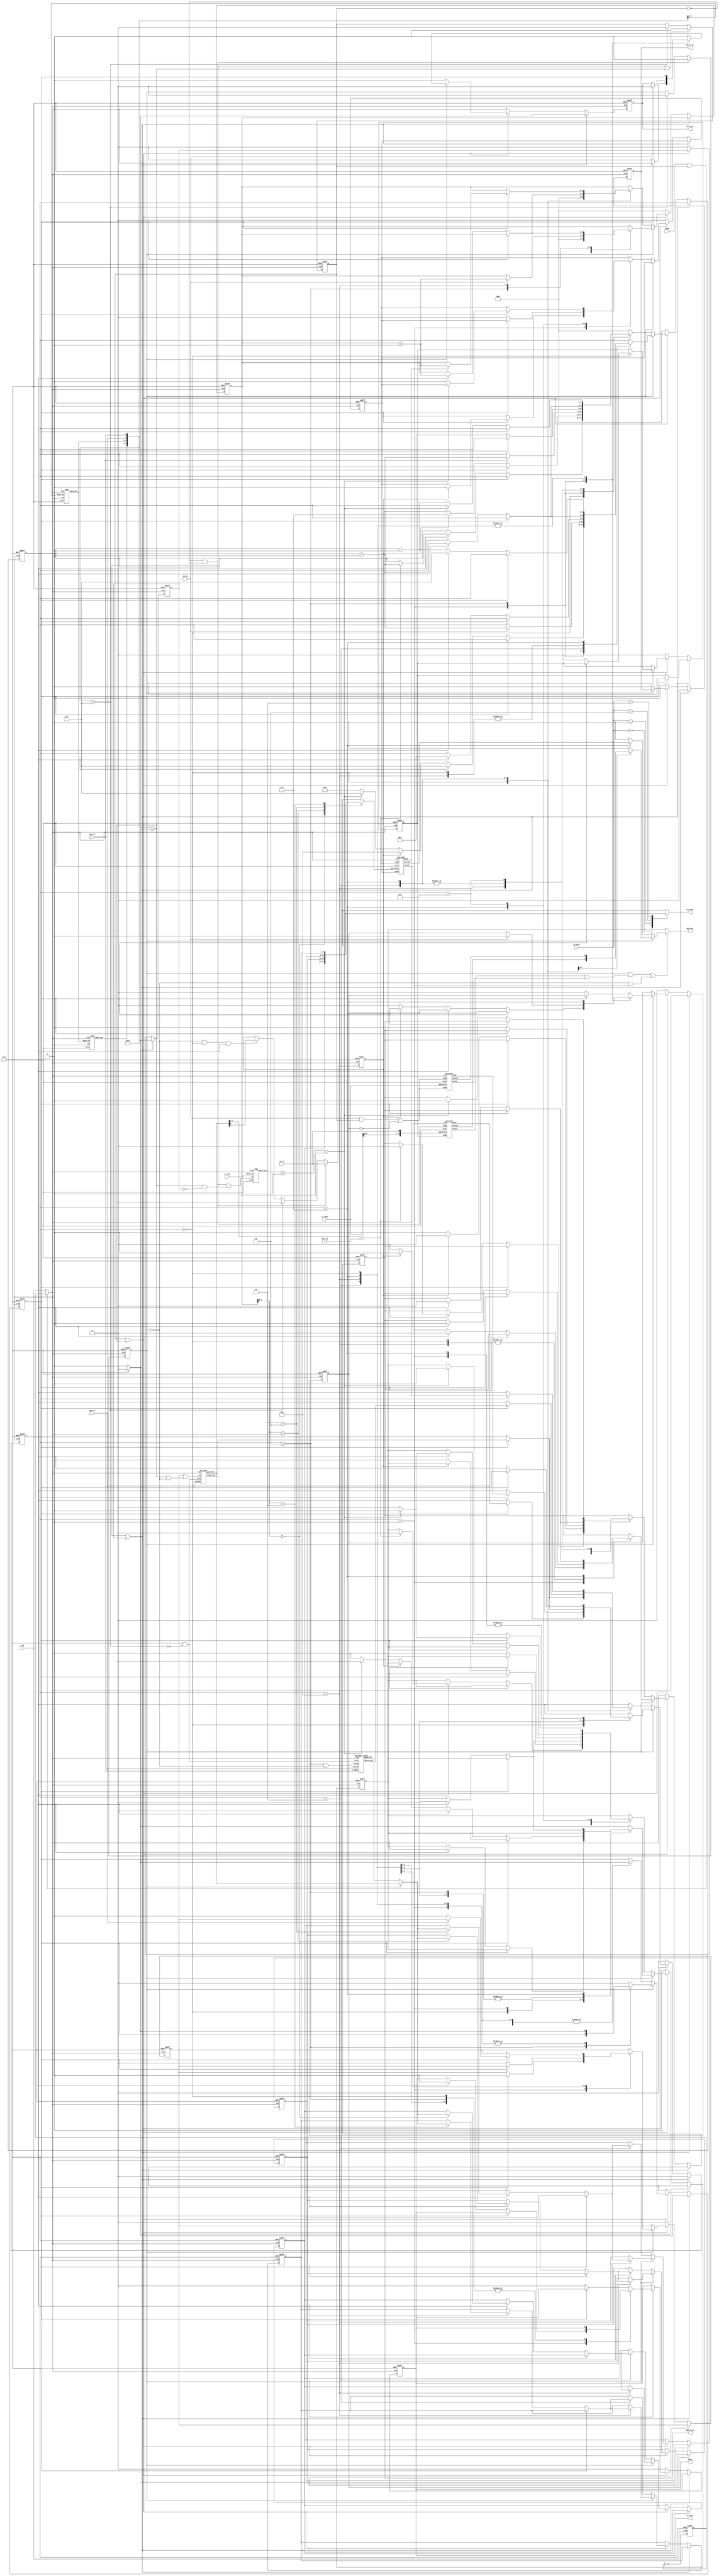
`timescale 1ns/1ps
module controller(
  input             clk,
  input             nrst,
  input             baud,
  input       [6:0] dev_id,
  input             tx_en,
  input             tx_rd,
  input       [1:0] tx_cnt,
  input       [7:0] tx_data,
  output reg        tx_fail,
  output reg        busy,
  input       [1:0] rd_addr,
  output reg  [7:0] rd_data,
  input             SCL_in,
  input             SDA_in,
  output reg        SCL_out,
  output reg        SDA_out,
  output reg        SCL_tris,
  output reg        SDA_tris
  );
  
  reg [7:0] memory [3:0];
  wire [7:0] mem_sel;
  reg comm_start;
  wire SDA_devid, SDA_write, slave_write, id_done, wr_done, read_done, s_read, slave_wr_done;
  wire [5:0] scl_seq;
  wire start_bit, stop_bit;
  assign scl_seq[1:0] = {SDA_in, SCL_in};
  assign start_bit = scl_seq == 6'b110100;
  assign stop_bit = scl_seq == 6'b000111;
  
  reg master, read;
  wire [1:0] b;
  wire [2:0] byte_count;
  wire [7:0] byte_data;
  wire [7:0] s_byte;
  reg [2:0] ncount;
  assign byte_count = b + 1;
  reg [2:0] state;
  reg delay, start_timing, store;
  reg a;
  reg send_devid, load;
  

  assign mem_sel = master ? byte_data : s_byte;

  always@(*) begin
    rd_data <= memory[rd_addr];
  end

  reg clk2;
  wire clk_sel;
  
  // clk/2
  always@(posedge clk or negedge nrst) begin
    if (!nrst)
      clk2 <= 0;
    else
      clk2 <= ~clk2;
  end
  
  // clock selector
  assign clk_sel = baud&comm_start ? clk2 : clk;
  
  always@(posedge clk_sel or negedge nrst) begin
    if (!nrst)
      comm_start <= 0;
    else
      if ( (tx_en&!comm_start) || start_bit )
        comm_start <= 1;
      else
        if (stop_bit)
          comm_start <= 0;
  end
  
  always@(posedge clk_sel or negedge nrst) begin
    if (!nrst) begin
      master <= 0;
      read <= 0;
    end else begin
      if ( tx_en&!comm_start ) begin
        master <= 1;
        read <= tx_rd;
      end else
        if (stop_bit) begin
          master <= 0;
          read <= 0;
        end else begin
          if (!master && state==3'd0 && a)
            read <= byte_data[0];
        end
    end
  end
  
  reg SDA_reg, SDA_inst;
  wire inst, valid, valid2, valid3;
  assign inst = master&(valid|valid2) || !master&valid3;
  always@(*) begin
    if (inst) begin
      SDA_out <= SDA_inst;
    end else
      SDA_out <= SDA_reg;
  end
  
  always@(*) begin
    if (master)
      case (state)
      3'd0:
          SDA_inst = SDA_devid;
      3'd3:
          SDA_inst = SDA_write;
      default:
          SDA_inst = 1;
      endcase
    else
      case (state)
      3'd5:
        SDA_inst = slave_write;
      default:
        SDA_inst = 1;
      endcase
  end

  always@(posedge clk_sel or negedge nrst) begin
    if (!nrst) begin
      state <= 0;
      delay <= 0;
      start_timing <= 0;
      send_devid <= 0;
      load <= 0;
      store <= 0;
      //SDA_out <= 1;
      SDA_reg <= 1;
      SCL_out <= 1;
      SDA_tris <= 1;
      SCL_tris <= 1;
      tx_fail <= 0;
      busy <= 0;
      ncount <= 0;
      a <= 0;
      memory[0] <= 0;
      memory[1] <= 0;
      memory[2] <= 0;
      memory[3] <= 0;
    end else begin
      if ( tx_en&!comm_start || start_timing ) begin
        busy <= 1;
        SCL_tris <= 0;
        SDA_tris <= 0;
        a <= 0;
        if (!delay) begin
          SDA_reg <= 0;
          SCL_out <= 1;
          delay <= 1;
          start_timing <= 1;
        end else begin
          SDA_reg <= 0;
          SCL_out <= 0;
          delay <= 0;
          start_timing <= 0;
          send_devid <= 1;
        end
      end else begin
        if (comm_start || start_bit) begin
          if (master) begin
            case (state)
            3'd0: // send dev_id
              begin
              SCL_out <= delay;
              // SDA_out <= SDA_devid;
              ncount <= 0;
              if (delay) begin
                a <= id_done;
                delay <= 0;
              end else begin
                send_devid <= 0;
                delay <= 1;
                if (a) begin
                  state <= state + 1;
                  SDA_tris <= 1;
                  SDA_reg <= 1;
                end
              end
              end
            3'd1: // read slave ack
              begin
              if (delay) begin
                SCL_out <= delay;
                delay <= 0;
                a <= SDA_in;
                store <= 1;
              end else begin
                delay <= 1;
                SCL_out <= 0;
                if (a) begin
                  // error
                  state <= 3'd7;
                  tx_fail <= 1;
                  SDA_reg <= 0;
                  // SCL_out <= 0;
                  SDA_tris <= 0;
                end else begin
                  if (read) begin
                    state <= 3'd4;
                    SDA_tris <= 1;
                  end else begin
                    SDA_tris <= 0;
                    // SCL_out <= 0;
                    busy <= 0;
                    if (byte_count == ncount) begin
                      state <= 3'd7;
                      SDA_reg <= 0;
                      // SCL_out <= 0;
                      SDA_tris <= 0;
                    end else begin
                      SDA_reg <= 1;
                      state <= 3'd2;
                    end
                  end
                end
              end
              end
            3'd2: // wait for input data
              begin
              if (tx_en) begin
                state <= state + 1;
                SCL_out <= 0;
                busy <= 1;
                ncount <= ncount + 1;
              end
              end
            3'd3:
              begin
              SCL_out <= delay;
              if (delay) begin
                delay <= 0;
                a <= wr_done;
              end else begin
                delay <= 1;
                if (a) begin
                  state <= 3'd1;
                  SDA_tris <= 1;
                end
              end
              end
            3'd4:
              begin
              SCL_out <= delay;
              if (delay) begin
                delay <= 0;
                a <= read_done;
              end else begin
                store <= 0;
                delay <= 1;
                if (a) begin
                  memory[ncount[1:0]] <= mem_sel;
                  state <= state + 1;
                  ncount <= ncount + 1;
                end
              end
              end
            3'd5:
              begin
              SCL_out <= delay;
              if (delay) begin
                delay <= 0;
                a <= SDA_in;
                if (!SDA_in)
                  store <= 1;
              end else begin
                delay <= 1;
                if (a) begin
                  state <= 3'd7;
                  SDA_tris <= 0;
                  SDA_reg <= 0;
                  //SCL_out <= 0;
                end else begin
                  state <= state - 1;
                end
              end
              end
            default:
              begin
              if (delay) begin
                SCL_out <= 1;
                SDA_reg <= 0;
                delay <= 0;
              end else begin
                SCL_out <= 1;
                SDA_reg <= 1;
                busy <= 0;
                tx_fail <= 0;
              end
              end
            endcase
          end else begin
            SCL_tris <= 1;
            SCL_out <= 1;
            case (state)
            3'd0: // read dev_id
              begin
                ncount <= 0;
                if (delay) begin
                  delay <= 0;
                  a <= read_done;
                end else begin
                  delay <= 1;
                  if (a) begin
                    if (byte_data[7:1] == dev_id) begin
                      SDA_tris <= 0;
                      SDA_reg <= 0;
                      state <= state + 1;
                    end
                  end
                end
              end
            3'd1: // send ack
              begin
                if (delay) begin
                  delay <= 0;
                  if (read) begin
                    load <= 1;
                  end else begin
                    // store <= 1;
                  end
                end else begin
                  delay <= 1;
                  if (read) begin
                    state <= 3'd5;
                    SDA_tris <= 0;
                  end else begin
                    SDA_tris <= 1;
                    SDA_reg <= 1;
                    state <= state + 1;
                  end
                end
              end
            3'd2: // wait for input
              begin
                if (SCL_in)
                  state <= state + 1;
              end
            3'd3: // read from master
              begin
                if (delay) begin
                  delay <= 0;
                  a <= s_read;
                end else begin
                  delay <= 1;
                  // store <= 0;
                  if (a) begin
                    memory[ncount[1:0]] <= mem_sel;
                    state <= state + 1;
                    ncount <= ncount + 1;
                    SDA_tris <= 0;
                    SDA_reg <= 0;
                  end
                end
              end
            3'd4: // send ack
              begin
                if (delay) begin
                  delay <= 0;
                end else begin
                  delay <= 1;
                  SDA_tris <= 1;
                  SDA_reg <= 1;
                  state <= 3'd1;
                end
              end
            3'd5: // send to master
              begin
              if (delay) begin
                delay <= 0;
                a <= slave_wr_done;
                if (slave_wr_done)
                  ncount <= ncount + 1;
              end else begin
                delay <= 1;
                load <= 0;
                if (a) begin
                  state <= state + 1;
                  SDA_tris <= 0;
                  if (byte_count == ncount)
                    SDA_reg <= 1;
                  else
                    SDA_reg <= 0;
                end
              end
              end
            3'd6:
              begin
                if (delay) begin
                  delay <= 0;
                  if (byte_count == ncount) begin
                    SDA_reg <= 1;
                  end else begin
                    SDA_reg <= 0;
                    load <= 1;
                  end
                end else begin
                  delay <= 1;
                  if (byte_count == ncount) begin
                    SDA_tris <= 1;
                    SDA_reg <= 1;
                  end else begin
                    state <= state - 1;
                  end
                end
              end
            default:
              state <= 0;
            endcase
          end
        end else begin
          state <= 0;
          delay <= 0;
          start_timing <= 0;
          send_devid <= 0;
          load <= 0;
          store <= 0;
          SDA_reg <= 1;
          SCL_out <= 1;
          SDA_tris <= 1;
          SCL_tris <= 1;
          tx_fail <= 0;
          busy <= 0;
          ncount <= 0;
          a <= 0;
        end
      end
    end
  end
  
 
  
/*********************
 ***    MODULES    ***
 *********************/
  // save inputs
  partoser DATA (
    .clk(clk_sel),
    .nrst(nrst),
    .load(tx_en&!comm_start),
    .send(send_devid),
    .parallel( {tx_data[6:0], tx_rd} ),
    .serial(SDA_devid),
    .valid(valid),
    .done(id_done)
  );
  
  partoser SEND (
    .clk(clk_sel),
    .nrst(nrst),
    .load(tx_en&comm_start&(!busy)),
    .send(tx_en&comm_start&(!busy)),
    .parallel(tx_data),
    .serial(SDA_write),
    .valid(valid2),
    .done(wr_done)
  );
  
  partoser SLAVE_SEND (
    .clk(clk_sel),
    .nrst(nrst),
    .load(load),
    .send(load),
    .parallel(memory[ncount[1:0]]),
    .serial(slave_write),
    .valid(valid3),
    .done(slave_wr_done)
  );

  sertopar STORE (
    .clk(clk_sel),
    .nrst(nrst&!stop_bit),
    .en(store || start_bit&!master),
    .valid_out(read_done),
    .serial(SDA_in),
    .parallel(byte_data)
  );
  
  sertopar_slave SLAVE (
    .clk(clk_sel),
    .nrst(nrst&!stop_bit),
    .ready((state==3'd2)&!master),
    .trigger(SCL_in),
    .valid_out(s_read),
    .serial(SDA_in),
    .parallel(s_byte)
  );
  
  /* 2'b reg
  * checks if a start/stop bit is sent */
  reg2 BIT_CHECK1 (
    .clk(clk_sel),
    .nrst(nrst),
    .en(1'b1),
    .data_in( {SDA_in, SCL_in} ),
    .data_out(scl_seq[3:2])
  );
  reg2 BIT_CHECK2 (
    .clk(clk_sel),
    .nrst(nrst),
    .en(1'b1),
    .data_in( scl_seq[3:2] ),
    .data_out(scl_seq[5:4])
  );
  
  reg2 CNT_SAVE (
    .clk(clk_sel),
    .nrst(nrst),
    .en( (tx_en&!comm_start) || start_bit&!start_timing ),
    .data_in(tx_cnt),
    .data_out(b)
  );
  
endmodule

module partoser (
  input clk,
  input nrst,
  input load,
  input send,
  input [7:0] parallel,
  output serial,
  output reg valid,
  output reg done
  );
  
  reg [2:0] count;
  reg [7:0] mem;
  reg delay;
  assign serial = mem[7];
  reg a;
    
  always@(posedge clk or negedge nrst) begin
    if (!nrst) begin
      valid <= 0;
      count <= 0;
      mem <= 0;
      done <= 0;
      delay <= 0;
      a <= 0;
    end else begin
      if (!valid) begin
        case( {send, load} )
          2'b11: begin
            mem <= parallel;
            valid <= 1;
          end
          2'b10:
            valid <= 1;
          2'b01:
            mem <= parallel;
          2'b00:
            mem <= mem;
        endcase
        if (a) begin
          done <= 0;
          a <= 1;
        end
      end else begin
        if (delay) begin
          delay <= 0;
          mem <= mem << 1;
          if (&count) begin
            count <= 0;
            valid <= 0;
            delay <= 0;
          end else begin
            count <= count + 1;
            if (count==3'd6)
              done <= 1;
              a <= 1;
          end
        end else begin
          delay <= 1;
        end
      end
    end
  end
endmodule

module sertopar (
  input clk,
  input nrst,
  input en,
  input serial,
  output reg [7:0] parallel,
  output reg valid_out
  );
  
  reg [2:0] count;
  reg delay;
  reg fill;
    
  always@(posedge clk or negedge nrst) begin
    if (!nrst) begin
      valid_out <= 0;
      count <= 0;
      parallel <= 0;
      delay <= 0;
      fill <= 0;
    end else begin
      if (en|fill) begin
        if (delay) begin
          delay <= 0;
          parallel <= {parallel[6:0], serial};
          count <= count + 1;
          if (&count) begin
            count <= 0;
            fill <= 0;
            valid_out <= 0;
          end else begin
            if (count==3'd6)
              valid_out <= 1;
          end
        end else begin
          parallel <= parallel;
          delay <= 1;
          fill <= 1;
        end
      end
    end
  end
endmodule

module sertopar_slave (
  input clk,
  input nrst,
  input ready,
  input serial,
  input trigger,
  output reg [7:0] parallel,
  output reg valid_out
  );
  
  reg [2:0] count;
  reg delay;
  reg fill;
  reg c, en;
  wire z;

  always@(posedge trigger or negedge nrst) begin
    if (!nrst) begin
      c <= 0;
    end else begin
      if (ready) begin
        en <= 1;
        c <= serial;
      end else
        en <= 0;
    end
  end
  
  always@(posedge clk or negedge nrst) begin
    if (!nrst) begin
      valid_out <= 0;
      count <= 0;
      parallel <= 0;
      delay <= 0;
      fill <= 0;
    end else begin
      if (en|fill) begin
        if (delay) begin
          delay <= 0;
          if (en)
            parallel <= {parallel[5:0], {c, serial}};
          else
            parallel <= {parallel[6:0], serial};
          count <= count + 1;
          if (count==3'd6) begin
            count <= 0;
            fill <= 0;
            valid_out <= 0;
          end else begin
            if (count==3'd5)
              valid_out <= 1;
          end
        end else begin
          parallel <= parallel;
          delay <= 1;
          fill <= 1;
        end
      end
    end
  end
endmodule

module reg2 (
  input clk,
  input nrst,
  input en,
  input [1:0] data_in,
  output reg [1:0] data_out
  );
  
  always @(posedge clk or negedge nrst) begin
    if (!nrst)
      data_out <= 0;
    else
      if (en)
        data_out <= data_in;
  end
endmodule